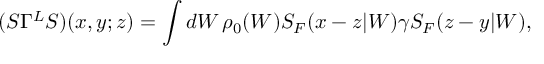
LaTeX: ( S \Gamma ^ { L } S ) ( x , y ; z ) = \int d W \, \rho _ { 0 } ( W ) S _ { F } ( x - z | W ) \gamma S _ { F } ( z - y | W ) ,